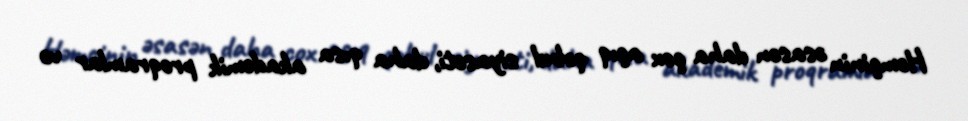
Həmçinin əsasən daha çox açıq qəbul siyasəti, daha qısa akademik proqramlar və